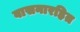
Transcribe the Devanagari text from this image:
वासनारहित